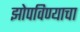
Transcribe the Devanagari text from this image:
झोपविण्याचा